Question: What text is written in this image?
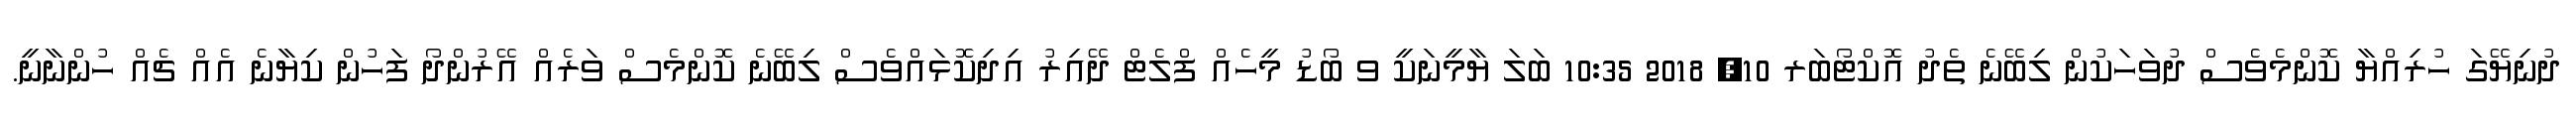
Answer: ދުނިޔޭގަ ހުރިއްޔާ ކޮންމެވެސް ދުވަހަކުން ލިބޭނެ ތެދު އޮކްޓޯބަރ 10, 2018 10:35 ބަލަ ޔާމީނަކީ ވ ބޯޑު މީހެއް ފްލެޓް ދޭއިރު އިދިކޮޅައްވެސް ލިބޭނެ ކޮންމެސް ވަރެއް އޭރުންދޯ ފަހުން ކިޔާނެ އެއް ޗެއް ހުންނާނީ.